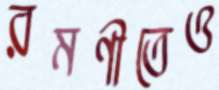
রমণীতেও